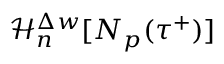
\mathcal { H } _ { n } ^ { \Delta w } [ N _ { p } ( \tau ^ { + } ) ]